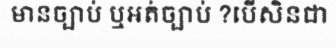
មានច្បាប់ ឬអត់ច្បាប់ ?បើសិនជា